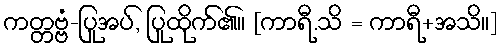
ကတ္တဗ္ဗံ-ပြုအပ်, ပြုထိုက်၏။ [ကာရီ.သိ = ကာရီ+အသိ။]